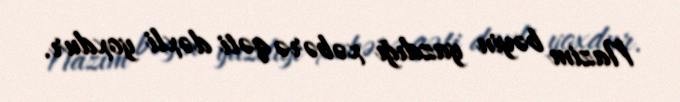
Nazim bəyin yazdığı xəbərə qəti dəxli yoxdur.